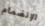
الإنضمام